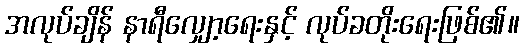
အလုပ်ချိန် နာရီလျှော့ရေးနှင့် လုပ်ခတိုးရေးဖြစ်၏။